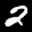
Label: 2